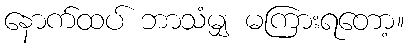
နောက်ထပ် ဘာသံမျှ မကြားရတော့။